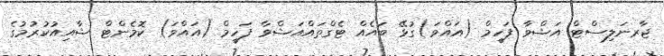
ޖާރނަލިސްޓް އަޝްވާ ފަހީމް (އައްވަ)ގުޅޭ ބައެއް ޓެގްތައްއަޝްވާ ފަހީމް (އައްވަ) ކޮމެންޓް ޝާއިއުކުރުމުގެ